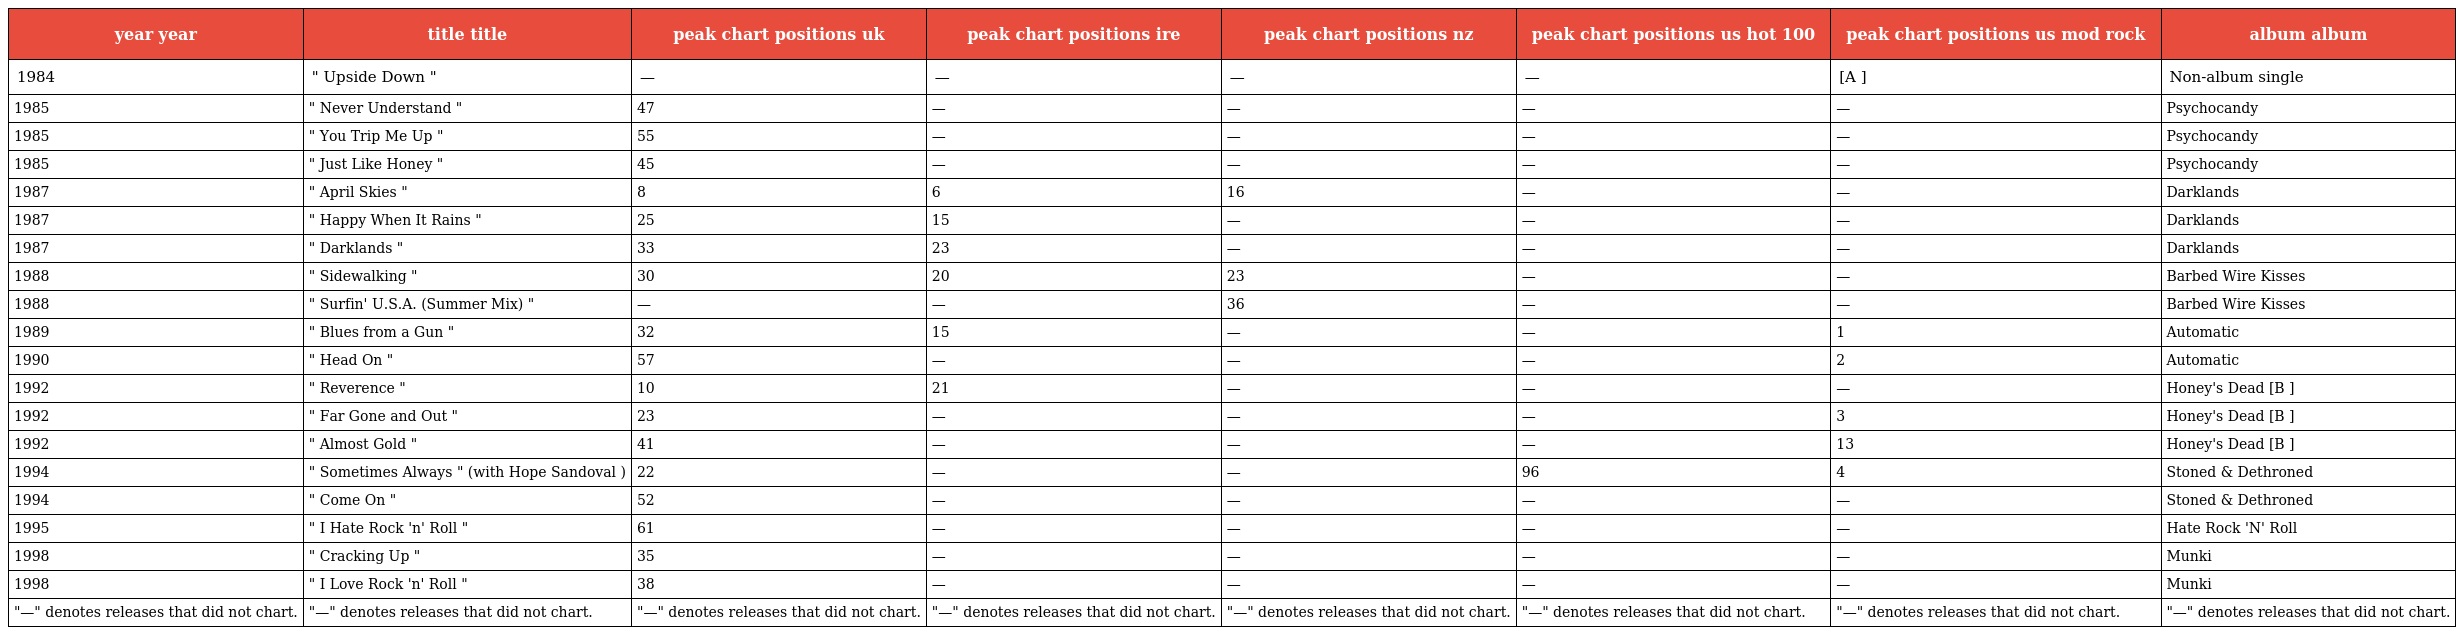
| year year | title title | peak chart positions uk | peak chart positions ire | peak chart positions nz | peak chart positions us hot 100 | peak chart positions us mod rock | album album |
 | --- | --- | --- | --- | --- | --- | --- | --- |
 | 1984 | " Upside Down " | — | — | — | — | [A ] | Non-album single |
 | 1985 | " Never Understand " | 47 | — | — | — | — | Psychocandy |
 | 1985 | " You Trip Me Up " | 55 | — | — | — | — | Psychocandy |
 | 1985 | " Just Like Honey " | 45 | — | — | — | — | Psychocandy |
 | 1987 | " April Skies " | 8 | 6 | 16 | — | — | Darklands |
 | 1987 | " Happy When It Rains " | 25 | 15 | — | — | — | Darklands |
 | 1987 | " Darklands " | 33 | 23 | — | — | — | Darklands |
 | 1988 | " Sidewalking " | 30 | 20 | 23 | — | — | Barbed Wire Kisses |
 | 1988 | " Surfin' U.S.A. (Summer Mix) " | — | — | 36 | — | — | Barbed Wire Kisses |
 | 1989 | " Blues from a Gun " | 32 | 15 | — | — | 1 | Automatic |
 | 1990 | " Head On " | 57 | — | — | — | 2 | Automatic |
 | 1992 | " Reverence " | 10 | 21 | — | — | — | Honey's Dead [B ] |
 | 1992 | " Far Gone and Out " | 23 | — | — | — | 3 | Honey's Dead [B ] |
 | 1992 | " Almost Gold " | 41 | — | — | — | 13 | Honey's Dead [B ] |
 | 1994 | " Sometimes Always " (with Hope Sandoval ) | 22 | — | — | 96 | 4 | Stoned & Dethroned |
 | 1994 | " Come On " | 52 | — | — | — | — | Stoned & Dethroned |
 | 1995 | " I Hate Rock 'n' Roll " | 61 | — | — | — | — | Hate Rock 'N' Roll |
 | 1998 | " Cracking Up " | 35 | — | — | — | — | Munki |
 | 1998 | " I Love Rock 'n' Roll " | 38 | — | — | — | — | Munki |
 | "—" denotes releases that did not chart. | "—" denotes releases that did not chart. | "—" denotes releases that did not chart. | "—" denotes releases that did not chart. | "—" denotes releases that did not chart. | "—" denotes releases that did not chart. | "—" denotes releases that did not chart. | "—" denotes releases that did not chart. |